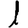
Digit: 1